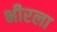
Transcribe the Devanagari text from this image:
भीरला